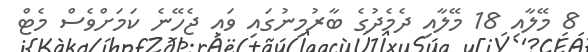
8 މޭލާއި 18 މޭލާއި ދެމެދުގެ ބާރުމިނުގައި ވައި ޖެހޭނެ ކަމަށްވެސް މެޓް